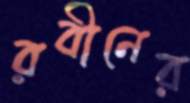
রবীনের